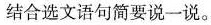
结合选文语句简要说一说。